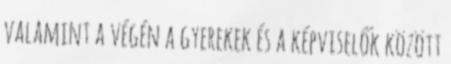
valamint a végén a gyerekek és a képviselők között